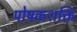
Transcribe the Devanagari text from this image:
पोषकशक्ति